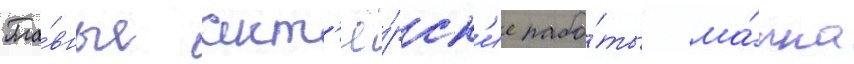
Гла́вные акт'ё́рск'ие рабо́ты ма́рка